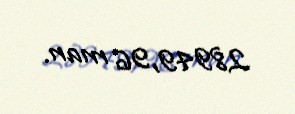
28949,96 man.